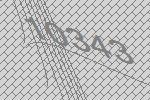
10343